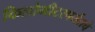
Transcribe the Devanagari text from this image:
किलोमीटरपर्यंतचे